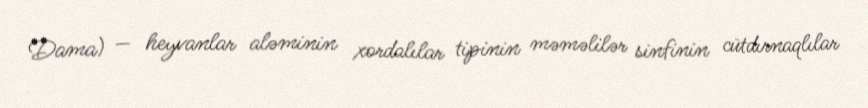
Dama) — heyvanlar aləminin xordalılar tipinin məməlilər sinfinin cütdırnaqlılar